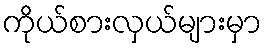
ကိုယ်စားလှယ်များမှာ